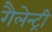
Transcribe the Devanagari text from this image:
गैलेन्ट्री